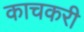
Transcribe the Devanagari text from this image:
काचकरी